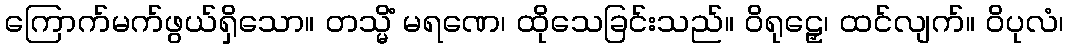
ကြောက်မက်ဖွယ်ရှိသော။ တသ္မိံ မရဏေ၊ ထိုသေခြင်းသည်။ ဝိရုဠှေ၊ ထင်လျက်။ ဝိပုလံ၊